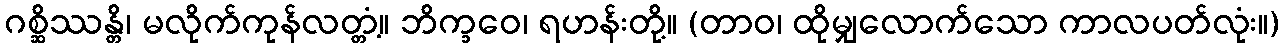
ဂစ္ဆိဿန္တိ၊ မလိုက်ကုန်လတ္တံ့။ ဘိက္ခဝေ၊ ရဟန်းတို့။ (တာဝ၊ ထိုမျှလောက်သော ကာလပတ်လုံး။)